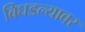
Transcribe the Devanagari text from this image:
बिघडल्यावर